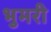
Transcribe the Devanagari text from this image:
भुमरी